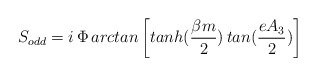
\begin{align*}S_{odd}= i\, \Phi\,arctan\left[tanh(\frac{\beta m}{2})\,tan(\frac{eA_3}{2})\right]\end{align*}